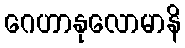
ဂေဟာနုလောမာနိ